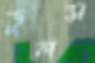
ডুলস